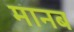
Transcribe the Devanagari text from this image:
मानब